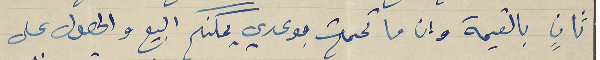
ثانٍ بالقيمة وان ما تممت بوعدي يمكنكم البيع والحصول على